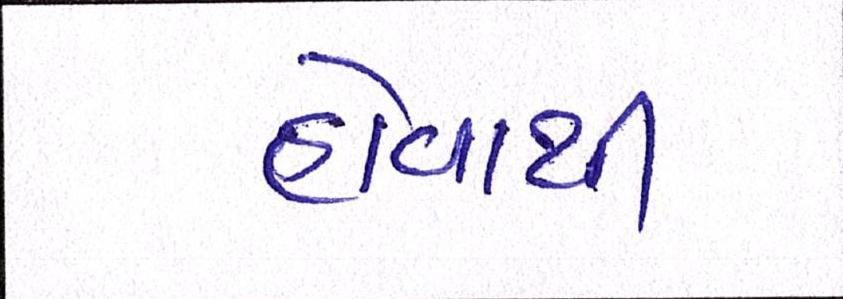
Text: હોવાથી